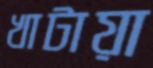
খাটায়া